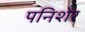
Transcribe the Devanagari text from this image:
पनिशेर